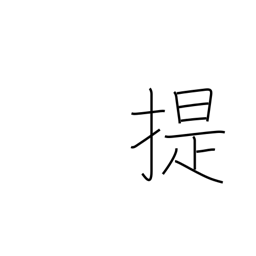
Meaning: take along